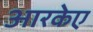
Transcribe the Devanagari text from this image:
आरकेए